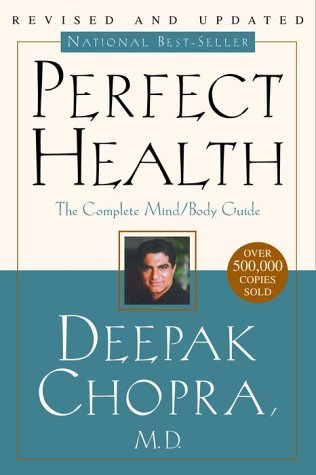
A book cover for Perfect Health: The Complete Mind/Body Guide, Revised and Updated Edition; M.D. Deepak Chopra; Health, Fitness & Dieting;